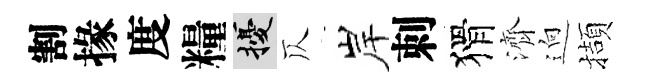
割掾度糧擾仄岸刺猾濟逈擷